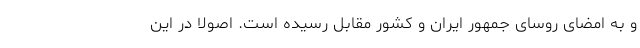
و به امضای روسای جمهور ایران و کشور مقابل رسیده است. اصولا در این